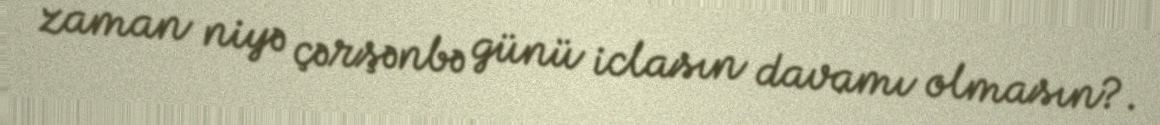
zaman niyə çərşənbə günü iclasın davamı olmasın?.